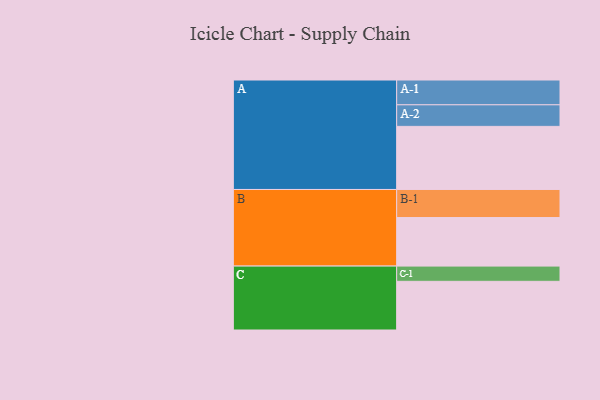
{"axis": {"x": "Segment", "y": "Value"}, "legend": ["", "A", "B", "C"], "data": [{"x": "A", "y": 547, "type": ""}, {"x": "B", "y": 421, "type": ""}, {"x": "C", "y": 422, "type": ""}, {"x": "A-1", "y": 215, "type": "A"}, {"x": "A-2", "y": 187, "type": "A"}, {"x": "B-1", "y": 243, "type": "B"}, {"x": "C-1", "y": 132, "type": "C"}]}